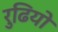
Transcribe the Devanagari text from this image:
रुढि़यो